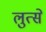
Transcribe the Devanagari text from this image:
लुत्से